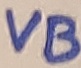
Text: VB